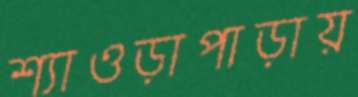
শ্যাওড়াপাড়ায়